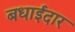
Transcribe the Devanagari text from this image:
बधाईदार